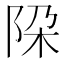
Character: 𨹃